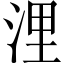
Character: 浬